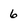
Character: 6